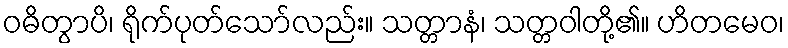
ဝဓိတွာပိ၊ ရိုက်ပုတ်သော်လည်း။ သတ္တာနံ၊ သတ္တဝါတို့၏။ ဟိတမေဝ၊